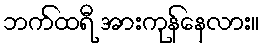
ဘက်ထရီ အားကုန်နေလား။